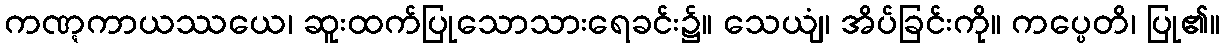
ကဏ္ဋကာယဿယေ၊ ဆူးထက်ပြုသောသားရေခင်း၌။ သေယျံ၊ အိပ်ခြင်းကို။ ကပ္ပေတိ၊ ပြု၏။